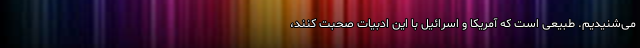
می‌شنیدیم. طبیعی است که آمریکا و اسرائیل با این ادبیات صحبت کنند،